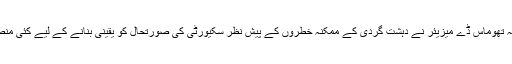
جرمن وزیر داخلہ تھوماس ڈے میزیئر نے دہشت گردی کے ممکنہ خطروں کے پیش نظر سکیورٹی کی صورتحال کو یقینی بنانے کے لیے کئی منصوبے بنائے ہیں۔